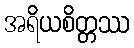
အရိယစိတ္တဿ